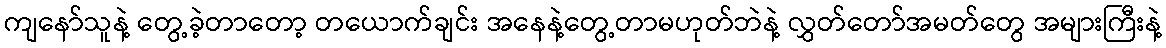
ကျနော်သူနဲ့ တွေ့ခဲ့တာတော့ တယောက်ချင်း အနေနဲ့တွေ့တာမဟုတ်ဘဲနဲ့ လွှတ်တော်အမတ်တွေ အများကြီးနဲ့